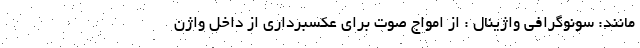
مانند: سونوگرافی واژینال : از امواج صوت برای عکسبرداری از داخل واژن